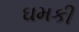
ઘમકી